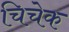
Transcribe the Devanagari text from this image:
चिचेक